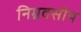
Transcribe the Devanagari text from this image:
निम्नवसीय